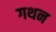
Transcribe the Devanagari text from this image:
गथन